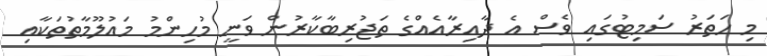
މި ހަތަރު ސަމިޓުގައި ވެސް އެ ދާއިރާއެއްގެ ތަޖުރިބާކާރުން ވަނީ މުހިންމު މައުލޫމާތުތަކާއި